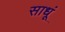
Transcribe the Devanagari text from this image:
साधूं